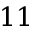
1 1